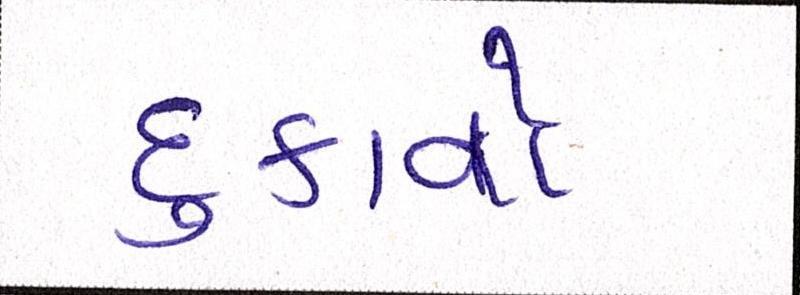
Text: દુઃકાવો